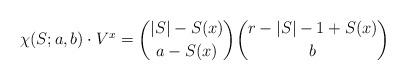
LaTeX: \begin{align*}\chi (S;a,b) \cdot {V}^x =\binom{|S|- S(x) }{a- S(x)}\binom{r-|S|-1+S(x)}{b}\end{align*}